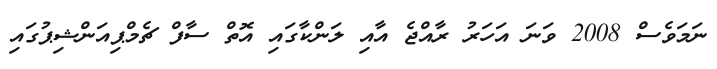
ނަމަވެސް 2008 ވަނަ އަހަރު ރާއްޖެ އާއި ލަންކާގައި އޮތް ސާފް ޗެމްޕިއަންޝިޕުގައި